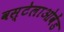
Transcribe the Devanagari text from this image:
वस्टेलाओवेंड